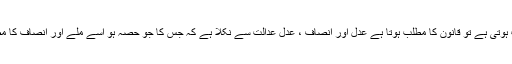
خیر قانون کی جب بھی بات ہوتی ہے تو قانون کا مطلب ہوتا ہے عدل اور انصاف ، عدل عدالت سے نکلا ہے کہ جس کا جو حصہ ہو اسے ملے اور انصاف کا مطلب ہے نصف برابر تقسیم ۔